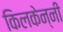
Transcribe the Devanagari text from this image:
किलकेन्नी